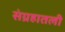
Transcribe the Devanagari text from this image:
संग्रहातली